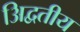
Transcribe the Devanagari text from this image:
अिद्वतीय